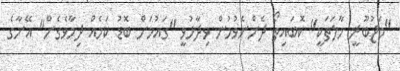
"މަޖުބޫރީ ހާލަތަކީ" ކޮބައިތޯ ދެންނެވުމުން ވިދާޅުވީ "ގައުމަށް ބޮޑު ކަމެއް ދިމާވެގެން" އޭނާގެ